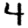
Digit: 4